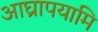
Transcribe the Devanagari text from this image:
आघ्रापयामि